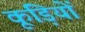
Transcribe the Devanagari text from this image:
कूड़ियों